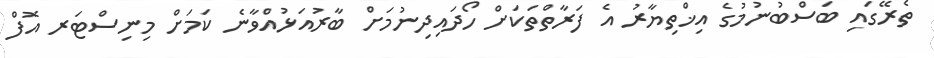
ތެރޭގައި ބަސްބުނުމުގެ އިޚްތިޔާރު އެ ފަރާތްތަކަށް ހޯދައިދިނުމަށް ބާރުއަޅުއްވާނެ ކަމަށް މިނިސްޓަރ އޮފް